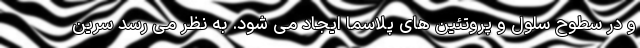
و در سطوح سلول و پروتئین های پلاسما ایجاد می شود. به نظر می رسد سرین